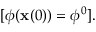
[ \phi ( \mathbf { x } ( 0 ) ) = \phi ^ { 0 } ] .